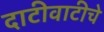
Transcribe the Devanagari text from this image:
दाटीवाटीचे